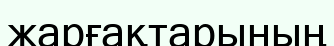
жарғақтарының